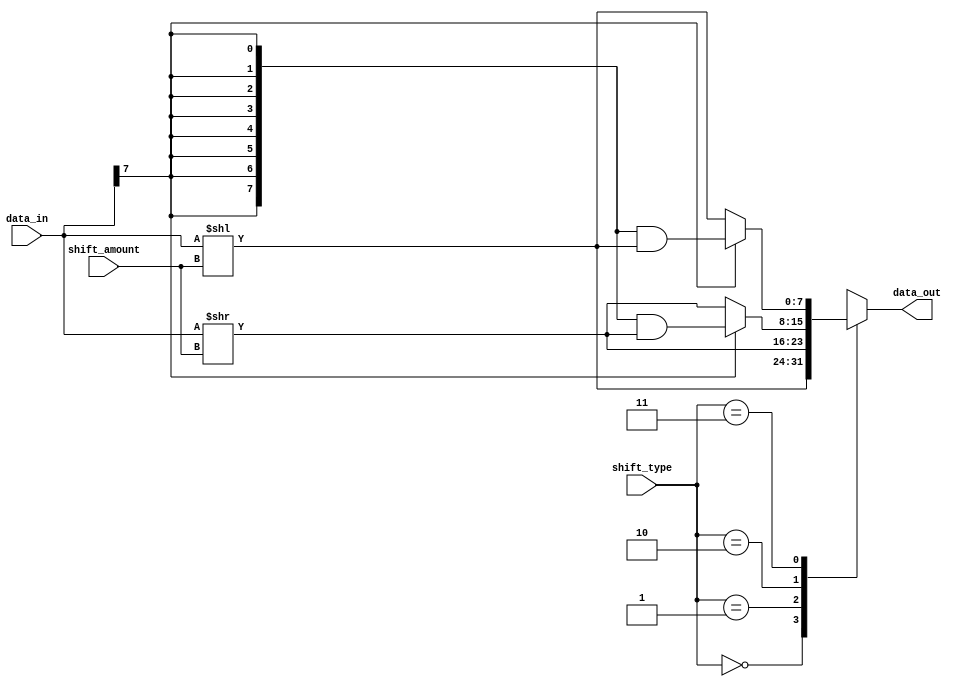
module SparseBarrelShifter (
    input [7:0] data_in,
    input [2:0] shift_amount,
    input [1:0] shift_type,
    output reg [7:0] data_out
);

always @ (data_in or shift_amount or shift_type)
begin
    case (shift_type)
        2'b00: // logical left shift
            data_out = data_in << shift_amount;
        2'b01: // logical right shift
            data_out = data_in >> shift_amount;
        2'b10: // arithmetic right shift
            if (data_in[7] == 1) // handle sign extension
                data_out = {8{data_in[7]}} & (data_in >> shift_amount);
            else
                data_out = data_in >> shift_amount;
        2'b11: // arithmetic left shift
            if (data_in[7] == 1) // handle sign extension
                data_out = {8{data_in[7]}} & (data_in << shift_amount);
            else
                data_out = data_in << shift_amount;
        default: data_out = 8'b0;
    endcase
end

endmodule